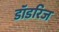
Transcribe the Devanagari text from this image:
डॉडरिज